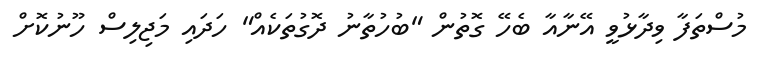
މުސްތަފާ ވިދާޅުވީ އޭނާއާ ބެހޭ ގޮތުން "ބުހުތާނު ދޮގުތަކެއް" ހަދައި މަޖިލިސް ހޫނުކޮށް